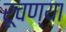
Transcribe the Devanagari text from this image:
रूचण्या